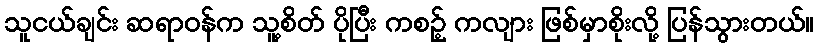
သူငယ်ချင်း ဆရာဝန်က သူ့စိတ် ပိုပြီး ကစဉ့် ကလျား ဖြစ်မှာစိုးလို့ ပြန်သွားတယ်။